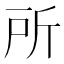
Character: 所